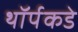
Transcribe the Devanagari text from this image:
थॉर्पकडे